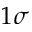
1 \sigma